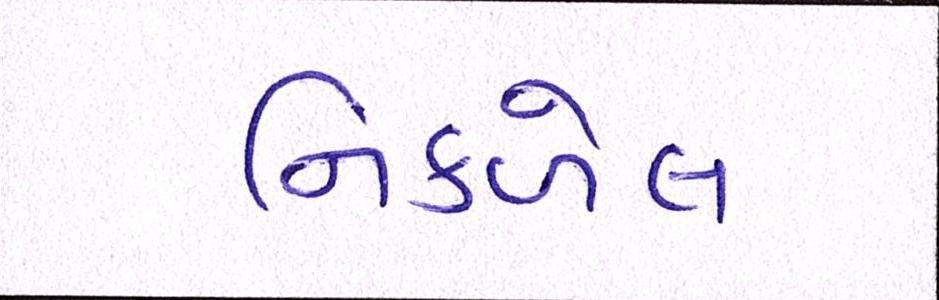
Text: નિકળેલ